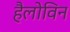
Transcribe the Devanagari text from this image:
हैलोविन